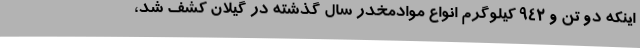
اینکه دو تن و 942 کیلوگرم انواع موادمخدر سال گذشته در گیلان کشف شد،